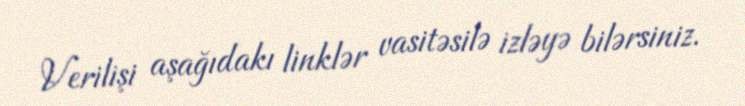
Verilişi aşağıdakı linklər vasitəsilə izləyə bilərsiniz.